Report of the Indian Hemp Drugs Commission, 1894-1895 - Volume II
Year: 1894
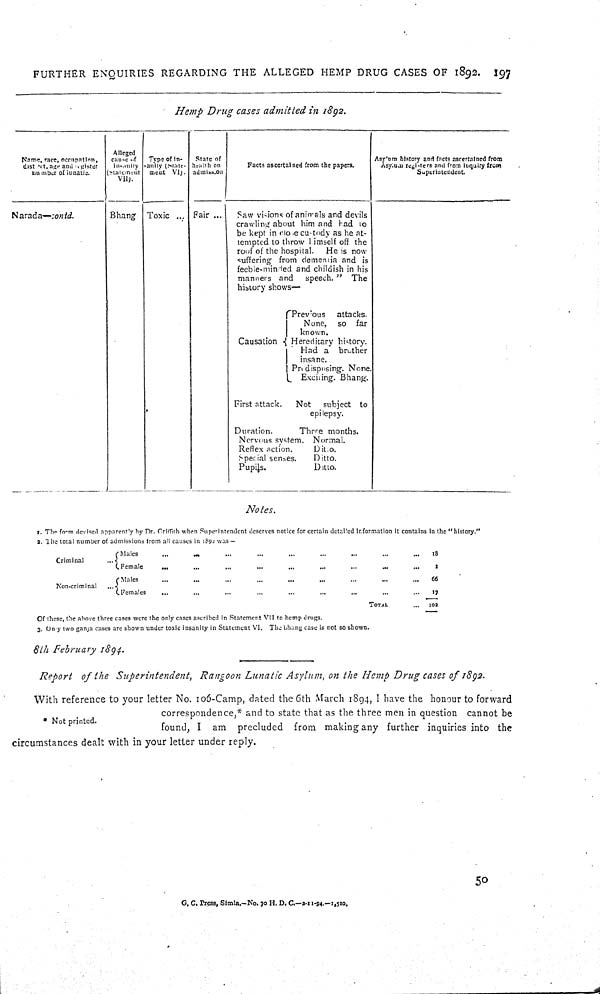
FURTHER ENQUIRIES REGARDING THE ALLEGED HEMP DRUG CASES OF 1892. 197
Hemp Drag cases admitted in 1892.
Name, race, occupation,
district age and register
number of lunatic.
Alleged
cause of
insanity
(statement
VII).
Type of in-
Sanity (state-
ment VI).
State of
health on
admission
Facts ascertained from the papers.
Asylum history and facts ascertained from
Asylum registers and from inquiry from
Superintendent.
Narada—contd.
Bhang
Toxic
Fair
Saw visions of animals and devils
crawling about him and had to
be kept in close custody as he at-
tempted to throw himself off the
roof of the hospital.
He is now
suffering from dementia and is
feeble-minded and childish in his
manners and
speech." The
history shows—
Previous
attacks.
None,
so far
known.
Causation
Hereditary history.
Had a brother
insane.
Predisposing. None.
Exciting. Bhang.
First attack.
Not
subject to
epilepsy.
Duration.
Three months.
Nervous system. Normal.
Reflex action.
Ditto.
Special senses.
Ditto.
Pupils.
Ditto.
Notes.
I. The form devised apparently by Dr. Griffith when Superintendent deserves notice for certain detailed information it contains in the "history."
2. The total number of admissions from all causes in 1892 was—
Criminal
Males
18
Criminal
Female
1
Non-criminal
Males
66
Non-criminal
Females
17
TOTAL
102
Of these, the above three cases were the only cases ascribed in Statement VII to hemp drugs.
3. Only two ganja cases are shown under toxic insanity in Statement VI. The bhang case is not so shown.
8 th February 1894.
Report of ihe Superintendent,
Rangoon Lunatic Asylum, on the Hemp Drug cases of 1892.
With reference to your letter No. 106-Camp, dated the 6th March 1894, I have the honour to forward
correspondence,* and to state that as the three men in question cannot be
found, I am precluded from making any further inquiries into the
circumstances dealt with in your letter under reply.
G. C. Press, Simla.-No. 70 H. D. C—2-11-94.—1,510.
50